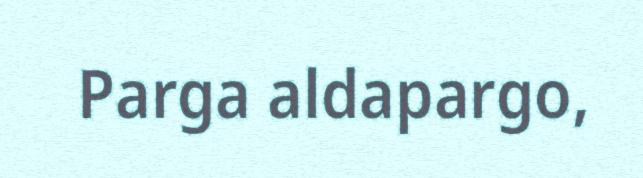
Parga aldapargo,